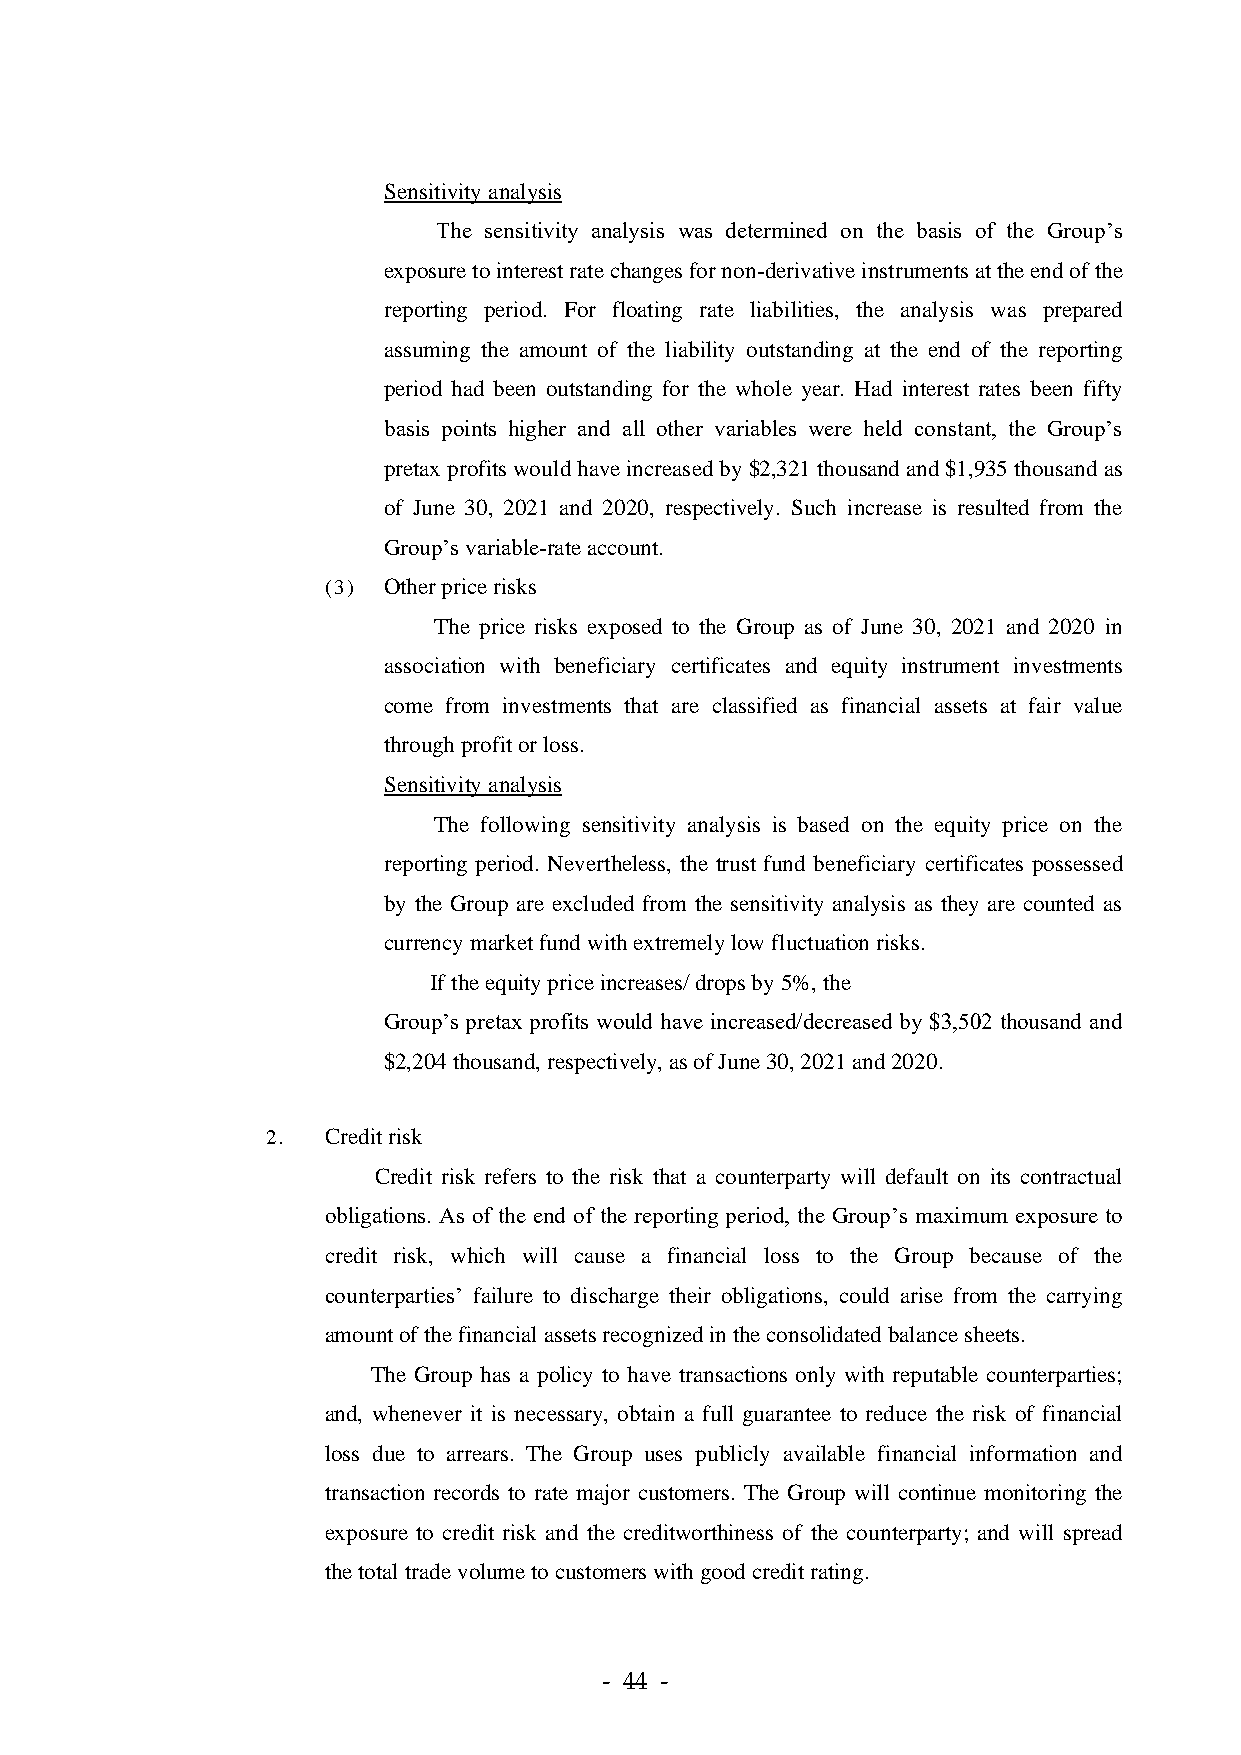
Sensitivity analysis
 The sensitivity analysis was determined on the basis of the Group’s
 exposure to interest rate changes for non-derivative instruments at the end of the
 reporting period. For floating rate liabilities, the analysis was prepared
 assuming the amount of the liability outstanding at the end of the reporting
 period had been outstanding for the whole year. Had interest rates been fifty
 basis points higher and all other variables were held constant, the Group’s
 pretax profits would have increased by $2,321 thousand and $1,935 thousand as
 of June 30, 2021 and 2020, respectively. Such increase is resulted from the
 Group’s variable-rate account.
 (3) Other price risks
 The price risks exposed to the Group as of June 30, 2021 and 2020 in
 association with beneficiary certificates and equity instrument investments
 come from investments that are classified as financial assets at fair value
 through profit or loss.
 Sensitivity analysis
 The following sensitivity analysis is based on the equity price on the
 reporting period. Nevertheless, the trust fund beneficiary certificates possessed
 by the Group are excluded from the sensitivity analysis as they are counted as
 currency market fund with extremely low fluctuation risks.
 If the equity price increases/ drops by 5%, the
 Group’s pretax profits would have increased/decreased by $3,502 thousand and
 $2,204 thousand, respectively, as of June 30, 2021 and 2020.
 2.  Credit risk
 Credit risk refers to the risk that a counterparty will default on its contractual
 obligations. As of the end of the reporting period, the Group’s maximum exposure to
 credit risk, which will cause a financial loss to the Group because of the
 counterparties’ failure to discharge their obligations, could arise from the carrying
 amount of the financial assets recognized in the consolidated balance sheets.
 The Group has a policy to have transactions only with reputable counterparties;
 and, whenever it is necessary, obtain a full guarantee to reduce the risk of financial
 loss due to arrears. The Group uses publicly available financial information and
 transaction records to rate major customers. The Group will continue monitoring the
 exposure to credit risk and the creditworthiness of the counterparty; and will spread
 the total trade volume to customers with good credit rating.
 - 44 -